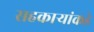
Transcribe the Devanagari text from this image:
सहकार्‍यांकडे